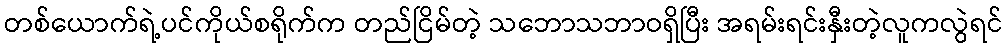
တစ်ယောက်ရဲ့ပင်ကိုယ်စရိုက်က တည်ငြိမ်တဲ့ သဘောသဘာဝရှိပြီး အရမ်းရင်းနှီးတဲ့လူကလွဲရင်